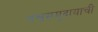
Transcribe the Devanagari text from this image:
अश्वसमुदायाची